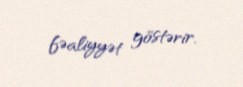
fəaliyyət göstərir.